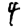
Digit: 4